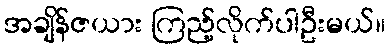
အချိန်ဇယား ကြည့်လိုက်ပါဦးမယ်။